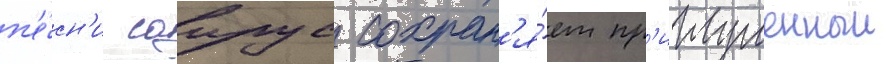
п'е́сн'и саирус сохран'я́ет пр'иглушенныи